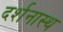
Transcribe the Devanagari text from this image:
दर्शनास्थ